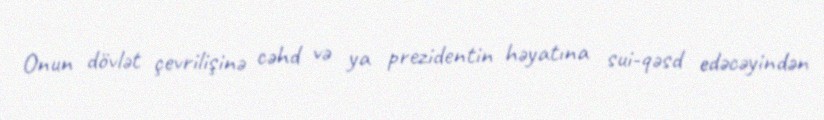
Onun dövlət çevrilişinə cəhd və ya prezidentin həyatına sui-qəsd edəcəyindən